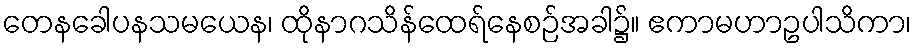
တေနခေါပနသမယေန၊ ထိုနာဂသိန်ထေရ်နေစဉ်အခါ၌။ ဧကာမဟာဥပါသိကာ၊